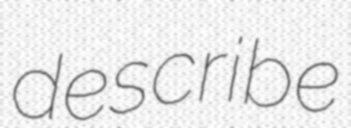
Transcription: describe